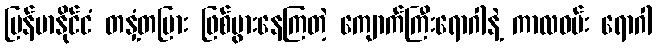
မြန်မာနိုင်ငံ တနှံ့တပြား ဖြစ်ပွားနေကြတဲ့ ကျောက်ကြီးရောဂါနဲ့ ကာလဝမ်း ရောဂါ